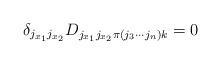
LaTeX: \begin{align*} \delta_{j_{x_1} j_{x_2}}D_{j_{x_1} j_{x_2} \pi(j_3 \cdots j_{n}) k} = 0\end{align*}